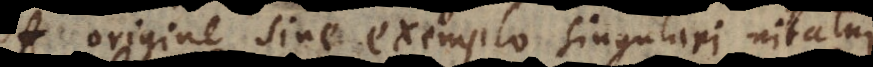
origine sine exemplo singulari nitatur,